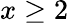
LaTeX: x\ge 2